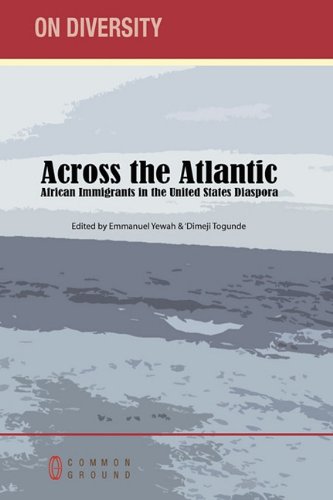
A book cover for Across the Atlantic: African Immigrants in the United States Diaspora; History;